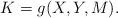
LaTeX: \begin{align*}K = g ( X, Y, M ). \end{align*}